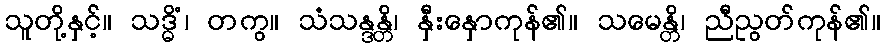
သူတို့နှင့်။ သဒ္ဓိံ၊ တကွ။ သံသန္ဒန္တိ၊ နှီးနှောကုန်၏။ သမေန္တိ၊ ညီညွတ်ကုန်၏။